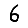
Digit: 6